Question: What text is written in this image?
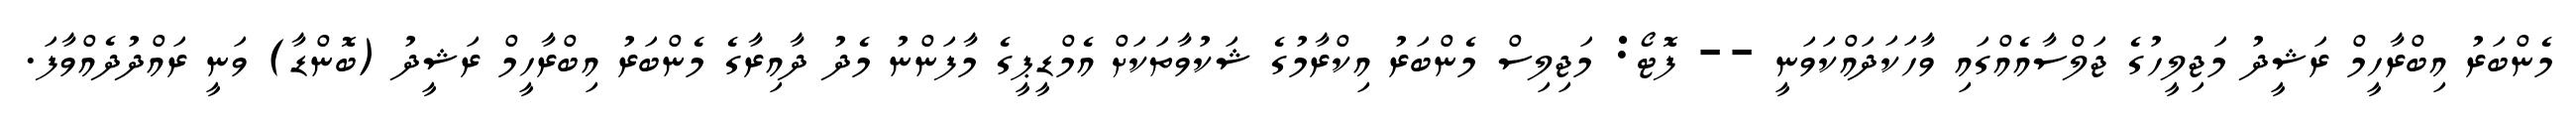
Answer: މެންބަރު އިބްރާހީމް ރަޝީދު މަޖިލީހުގެ ޖަލްސާއެއްގައި ވާހަކަދައްކަވަނީ -- ފޮޓޯ: މަޖިލިސް މެންބަރު އިކްރާމުގެ ޝަކުވާތަކަށް އެމްޑީޕީގެ މާފަންނު މެދު ދާއިރާގެ މެންބަރު އިބްރާހީމް ރަޝީދު (ބޮންޑާ) ވަނީ ރައްދުދެއްވާފަ.